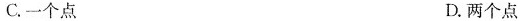
C.一个点 D.两个点